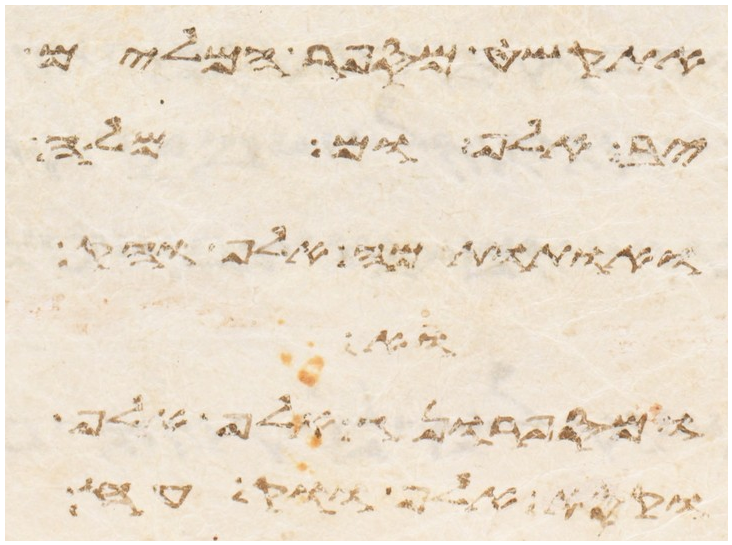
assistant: אדות באר המים
קבו אל ומה
את דמה אל הקדש
ואת
מאות אלף ואלף
ואת האלף ושבע